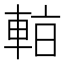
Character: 𰹑